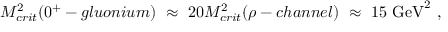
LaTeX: M _ { c r i t } ^ { 2 } ( 0 ^ { + } - g l u o n i u m ) ~ \approx ~ 2 0 M _ { c r i t } ^ { 2 } ( \rho - c h a n n e l ) ~ \approx ~ 1 5 ~ \mathrm { G e V } ^ { 2 } ~ ,